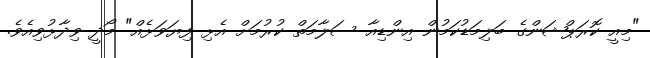
"މިއީ ކޮރަޕްޝަންގެ ބަލިމަޑުކަމުން އިންޑިއާ ސަލާމަތް ކުރުމަށް އެޅި ފިޔަވަޅެއް" މޯދީ ވިދާޅުވިއެވެ.